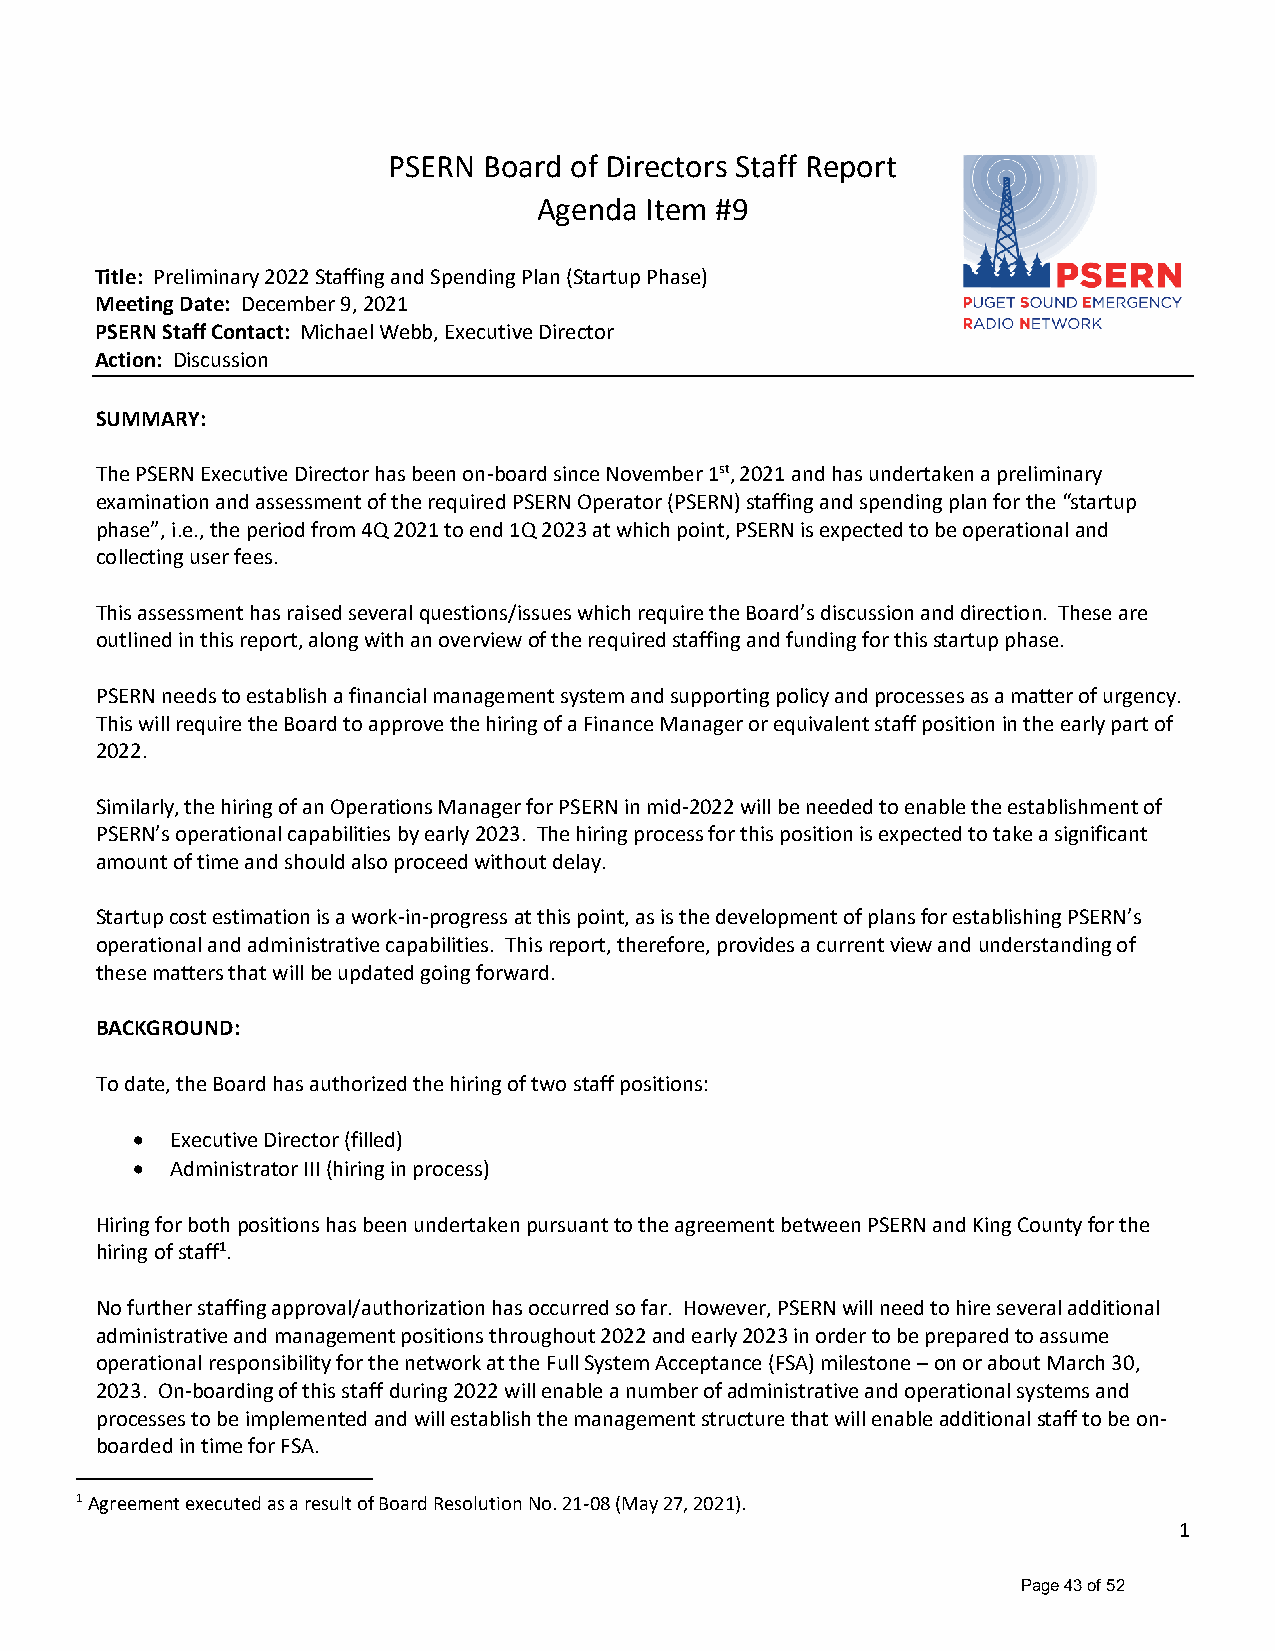
PSERN Board of Directors Staff Report
 Agenda Item #9
 Title: Preliminary 2022 Staffing and Spending Plan (Startup Phase)
 Meeting Date: December 9, 2021
 PSERN Staff Contact: Michael Webb, Executive Director
 Action: Discussion
 SUMMARY:
 The PSERN Executive Director has been on-board since November 1st, 2021 and has undertaken a preliminary
 examination and assessment of the required PSERN Operator (PSERN) staffing and spending plan for the “startup
 phase”, i.e., the period from 4Q 2021 to end 1Q 2023 at which point, PSERN is expected to be operational and
 collecting user fees.
 This assessment has raised several questions/issues which require the Board’s discussion and direction. These are
 outlined in this report, along with an overview of the required staffing and funding for this startup phase.
 PSERN needs to establish a financial management system and supporting policy and processes as a matter of urgency.
 This will require the Board to approve the hiring of a Finance Manager or equivalent staff position in the early part of
 2022.
 Similarly, the hiring of an Operations Manager for PSERN in mid-2022 will be needed to enable the establishment of
 PSERN’s operational capabilities by early 2023. The hiring process for this position is expected to take a significant
 amount of time and should also proceed without delay.
 Startup cost estimation is a work-in-progress at this point, as is the development of plans for establishing PSERN’s
 operational and administrative capabilities. This report, therefore, provides a current view and understanding of
 these matters that will be updated going forward.
 BACKGROUND:
 To date, the Board has authorized the hiring of two staff positions:
 • Executive Director (filled)
 • Administrator III (hiring in process)
 Hiring for both positions has been undertaken pursuant to the agreement between PSERN and King County for the
 hiring of staff1.
 No further staffing approval/authorization has occurred so far. However, PSERN will need to hire several additional
 administrative and management positions throughout 2022 and early 2023 in order to be prepared to assume
 operational responsibility for the network at the Full System Acceptance (FSA) milestone – on or about March 30,
 2023. On-boarding of this staff during 2022 will enable a number of administrative and operational systems and
 processes to be implemented and will establish the management structure that will enable additional staff to be on-
 boarded in time for FSA.
 1 Agreement executed as a result of Board Resolution No. 21-08 (May 27, 2021).
 1
 Page 43 of 52